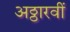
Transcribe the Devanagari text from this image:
अठ्ठारवीं